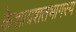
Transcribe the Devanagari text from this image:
केशाग्रशतभागस्य